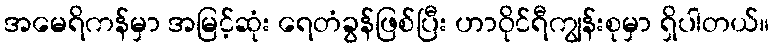
အမေရိကန်မှာ အမြင့်ဆုံး ရေတံခွန်ဖြစ်ပြီး ဟာဝိုင်ရီကျွန်းစုမှာ ရှိပါတယ်။